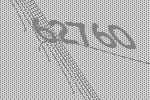
62760